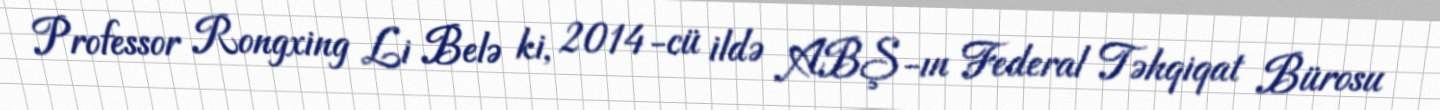
Professor Rongxing Li Belə ki, 2014-cü ildə ABŞ-ın Federal Təhqiqat Bürosu